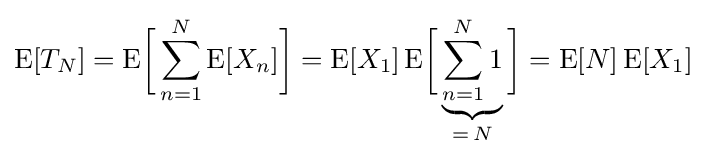
\operatorname {E} [T_{N}]=\operatorname {E} \!{\biggl [}\sum _{n=1}^{N}\operatorname {E} [X_{n}]{\biggr ]}=\operatorname {E} [X_{1}]\operatorname {E} \!{\biggl [}\underbrace {\sum _{n=1}^{N}1} _{=\,N}{\biggr ]}=\operatorname {E} [N]\operatorname {E} [X_{1}]